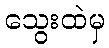
သွေးထဲမှ